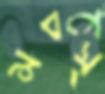
মবস্